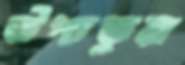
উপ্‌চতুম